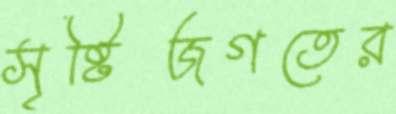
সৃষ্টিজগতের